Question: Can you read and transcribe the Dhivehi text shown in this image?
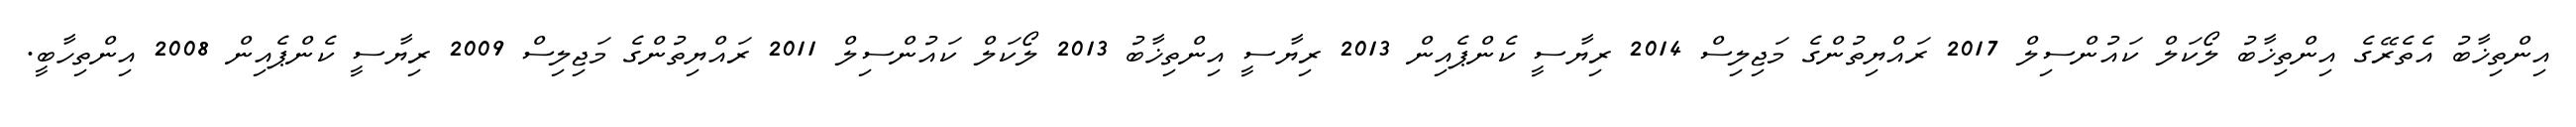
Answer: އިންތިޚާބު އެތެރޭގެ އިންތިޚާބު ލޯކަލް ކައުންސިލް 2017 ރައްޔިތުންގެ މަޖިލިސް 2014 ރިޔާސީ ކެންޕެއިން 2013 ރިޔާސީ އިންތިޚާބު 2013 ލޯކަލް ކައުންސިލް 2011 ރައްޔިތުންގެ މަޖިލިސް 2009 ރިޔާސީ ކެންޕެއިން 2008 އިންތިހާބީ.